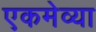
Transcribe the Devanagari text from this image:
एकमेव्या